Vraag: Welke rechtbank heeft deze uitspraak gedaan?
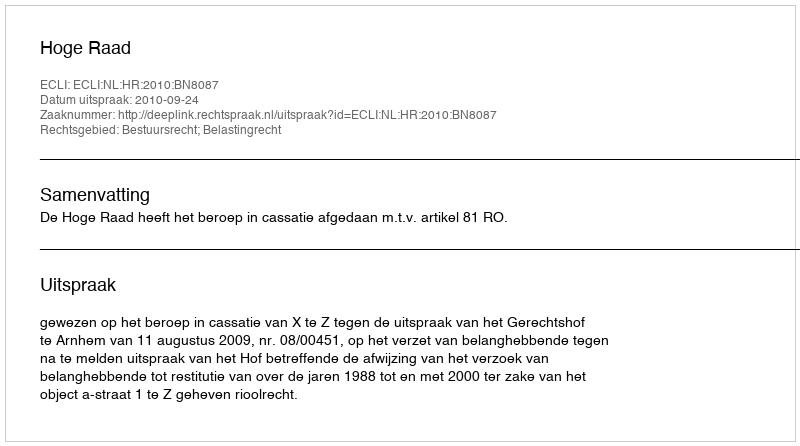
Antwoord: Hoge Raad